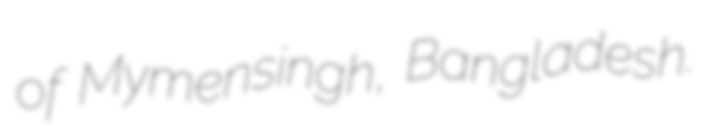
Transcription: of Mymensingh, Bangladesh.